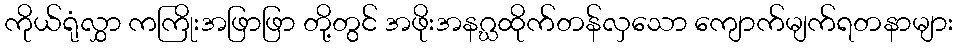
ကိုယ်ရုံလွှာ ကကြိုးအဖြာဖြာ တို့တွင် အဖိုးအနဂ္ဃထိုက်တန်လှသော ကျောက်မျက်ရတနာများ